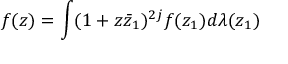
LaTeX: f ( z ) = \int ( 1 + z \bar { z } _ { 1 } ) ^ { 2 j } f ( z _ { 1 } ) d \lambda ( z _ { 1 } )